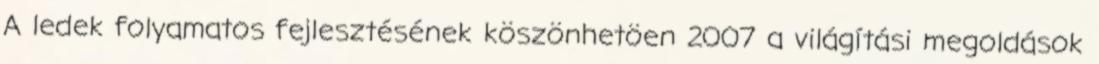
A ledek folyamatos fejlesztésének köszönhetöen 2007 a világítási megoldások